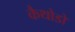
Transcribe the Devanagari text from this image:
कैथोडों